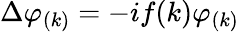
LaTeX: \Delta\varphi_{(k)}=-if(k)\varphi_{(k)}